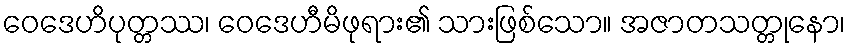
ဝေဒေဟိပုတ္တဿ၊ ဝေဒေဟီမိဖုရား၏ သားဖြစ်သော။ အဇာတသတ္တုနော၊